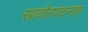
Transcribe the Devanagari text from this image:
स्रावोत्पादनास